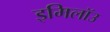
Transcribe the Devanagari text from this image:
इमिलॉउ